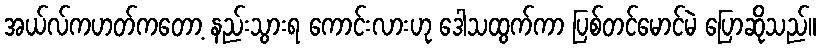
အယ်လ်ကဟတ်ကတော့ နည်းသွားရ ကောင်းလားဟု ဒေါသထွက်ကာ ပြစ်တင်မောင်မဲ ပြောဆိုသည်။